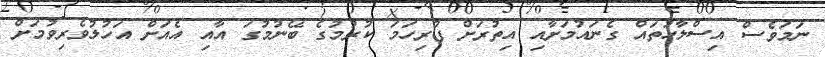
ނަމަވެސް އިސްލާހުތައް ގެނައުމަށާއި އިތުރަށް ފުރިހަމަ ކުރުމުގެ ބޭނުމުގަ އާއި އެއަށް އަހުލުވެރިވުމަށް